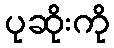
ပုဆိုးကို